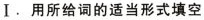
I. 用所给词的适当形式填空